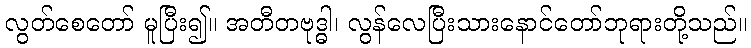
လွတ်စေတော် မူပြီး၍။ အတီတဗုဒ္ဓါ၊ လွန်လေပြီးသားနောင်တော်ဘုရားတို့သည်။